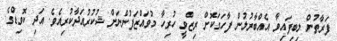
ފަރާތުން ލިބިފައިވާ އެއްބާރުލުން ފާހަގަކޮށް ރިޒްވީ ހުރިހާ މުވައްޒަފުންނަށް ޝުކުރުއަދާކުރިއެވެ. އަދި ކޮވިޑްގެ